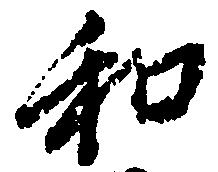
和